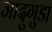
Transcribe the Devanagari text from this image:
जादुगुडा